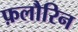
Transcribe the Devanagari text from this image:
फ़लौरिन